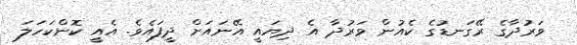
ވަރުދާގެ ރޭގަނޑުގެ ކެއުން ވަރުދާ އެ ދިޔައީ އޭނައަށް ދީފައެވެ. އެއީ ކޮންކަހަލަ